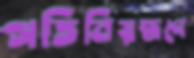
গতিনিয়ন্ত্রণে